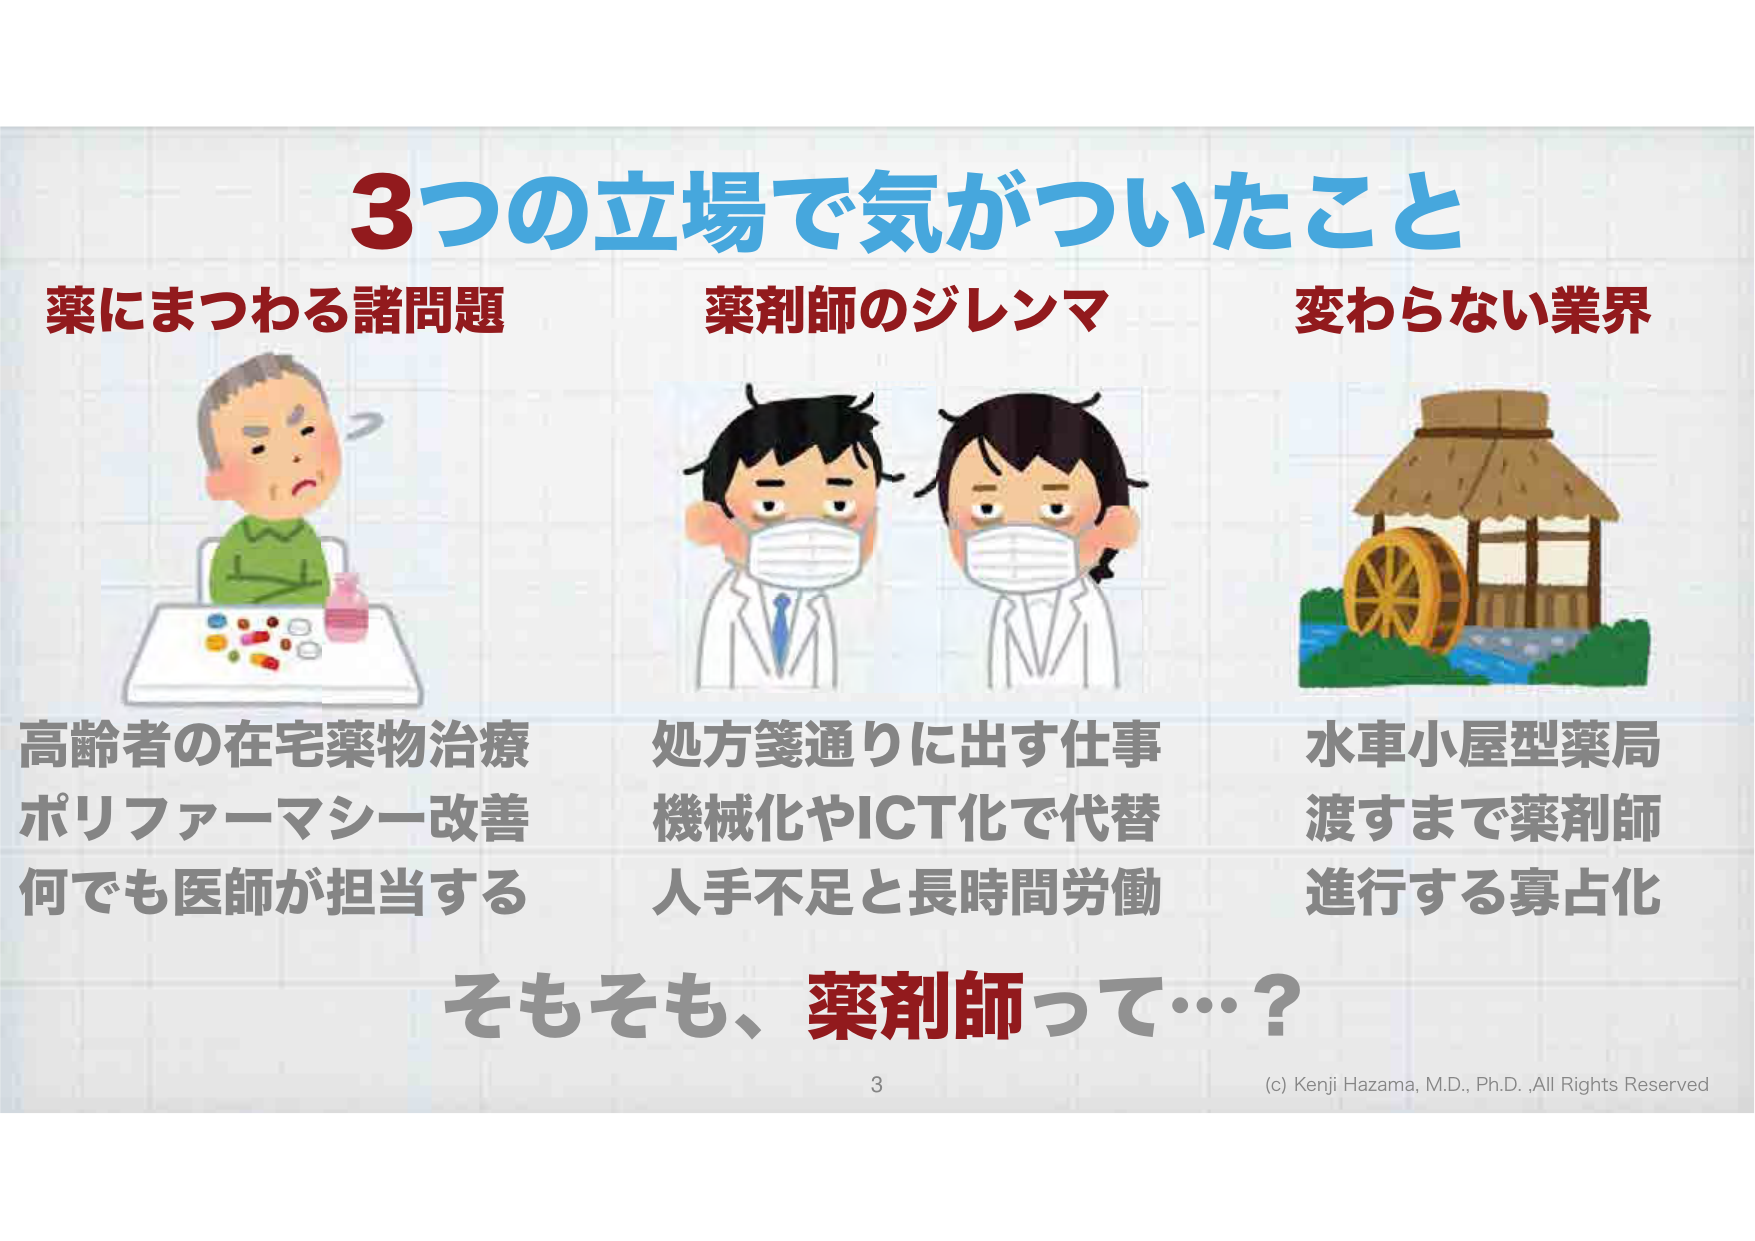
3つの立場で気がついたこと
薬にまつわる諸問題
高齢者の在宅薬物治療
ポリファーマシー改善
何でも医師が担当する

薬剤師のジレンマ
処方箋通りに出す仕事
機械化やICT化で代替
人手不足と長時間労働

変わらない業界
水車小屋型薬局
渡すまで薬剤師
進行する寡占化

そもそも、薬剤師って…？

3
(c) Kenji Hazama, M.D., Ph.D., All Rights Reserved